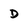
Character: D